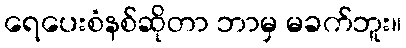
ရေပေးစံနစ်ဆိုတာ ဘာမှ မခက်ဘူး။